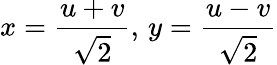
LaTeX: x={\frac{u+v}{\sqrt{2}}},\, y={\frac{u-v}{\sqrt{2}}}